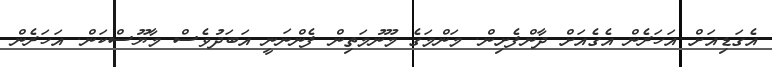
އެގަޑިއަށް އަހަރެން އެގެއަށް ދާންފެށިން. މަންމަގެ މޫނުމަތިން ފެންނަނީ އަބަދުވެސް މާޔޫސްކަން. އަހަރެން